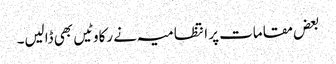
بعض مقامات پر انتظامیہ نے رکاوٹیں بھی ڈالیں۔